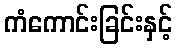
ကံကောင်းခြင်းနှင့်